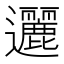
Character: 邐